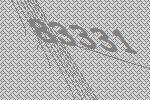
83331